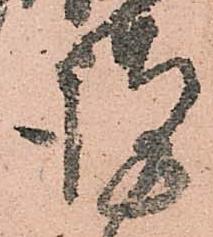
謹